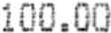
100.00